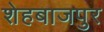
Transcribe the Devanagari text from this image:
शेहबाजपुर